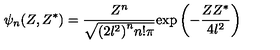
\psi _ { n } ( Z , Z ^ { \ast } ) = \frac { Z ^ { n } } { \sqrt { { ( 2 l ^ { 2 } ) } ^ { n } n ! \pi } } { \exp } \left( - \frac { Z Z ^ { \ast } } { 4 l ^ { 2 } } \right)